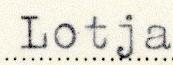
Lotja